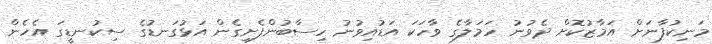
މަނިކުފާނަށް އަމާޒުކޮށް ދެވުނު ހަމަލާގެ ވާހަކަ އަޑުއިވުނު ހިސާބުންފެށިގެން އަޅުގަނޑުގެ ސިކުނޑީގަ އެހެން